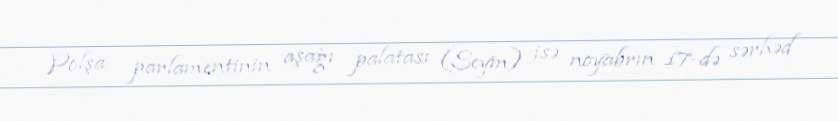
Polşa parlamentinin aşağı palatası (Seym) isə noyabrın 17-də sərhəd